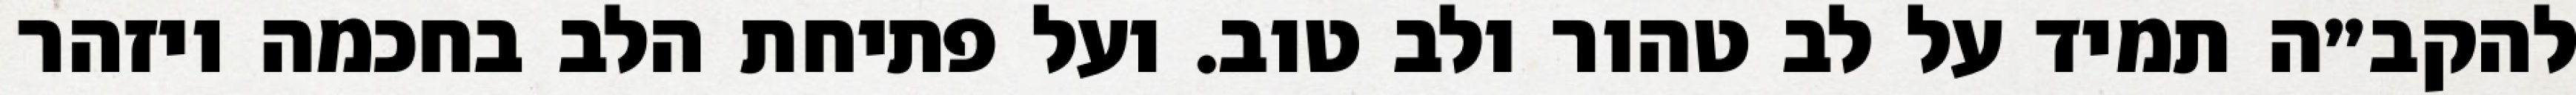
להקב״ה תמיד על לב טהור ולב טוב. ועל פתיחת הלב בחכמה ויזהר